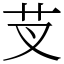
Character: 芆